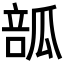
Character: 𤬃